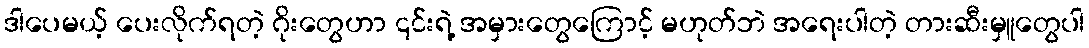
ဒါပေမယ့် ပေးလိုက်ရတဲ့ ဂိုးတွေဟာ ၎င်းရဲ့ အမှားတွေကြောင့် မဟုတ်ဘဲ အရေးပါတဲ့ တားဆီးမှူတွေပါ